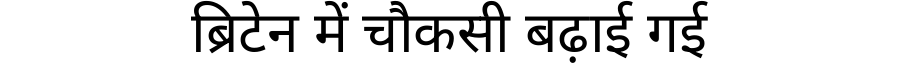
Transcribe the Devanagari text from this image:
ब्रिटेन में चौकसी बढ़ाई गई